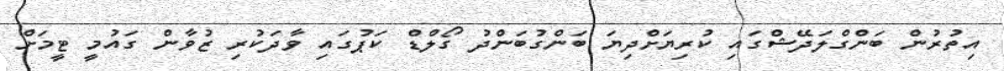
އިތުރުން ބަންގްލަދޭޝްގައި ކުރިޔަށްދިޔަ ބަންގުބަންދު ގޯލްޑް ކަޕުގައި ވާދަކުރި ޒުވާން ގައުމީ ޓީމަށް